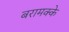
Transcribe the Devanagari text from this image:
बरामक्के